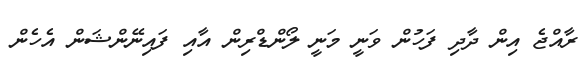
ރާއްޖެ އިން ދާދި ފަހުން ވަނީ މަނީ ލޯންޑްރިން އާއި ފައިނޭންޝަން އެހެން